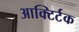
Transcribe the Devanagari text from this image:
आक्टिर्टक